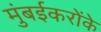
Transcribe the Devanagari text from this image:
मुंबईकरोंके